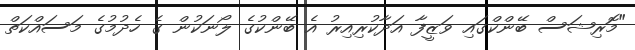
"މޮރިޝަސް ބޭންކްގައި ވަޒީފާ އަދާކުރިއިރު އެ ބޭންކުގެ ލޯނަކުން ގެ ހެދުމުގެ މަސައްކަތް